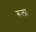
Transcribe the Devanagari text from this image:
रूला